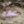
عن